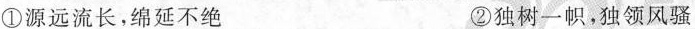
①源远流长，绵延不绝 ②独树一帜，独领风骚